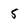
Character: 5